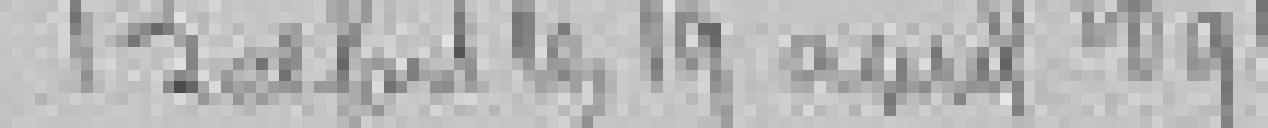
Belfort le 19 avril 1891